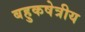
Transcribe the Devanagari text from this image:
बहुकषेत्रीय